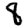
Digit: 8